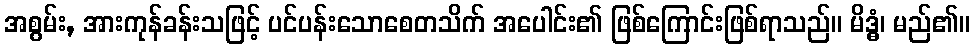
အစွမ်း, အားကုန်ခန်းသဖြင့် ပင်ပန်းသောစေတသိက် အပေါင်း၏ ဖြစ်ကြောင်းဖြစ်ရာသည်။ မိဒ္ဓံ၊ မည်၏။